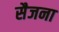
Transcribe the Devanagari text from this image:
सैजना